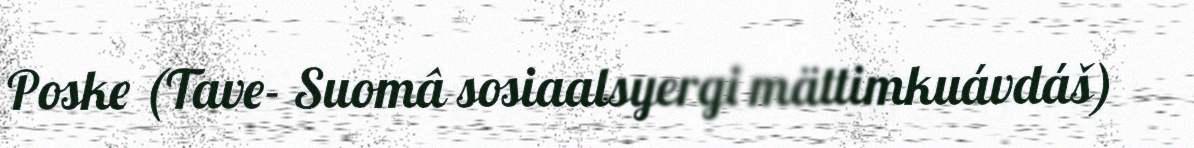
Poske (Tave- Suomâ sosiaalsyergi mättimkuávdáš)